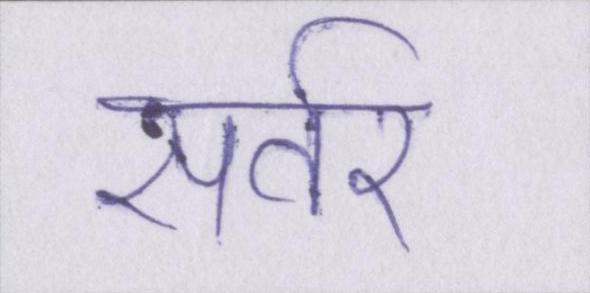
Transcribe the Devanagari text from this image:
सर्वर